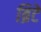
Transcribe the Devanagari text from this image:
ब्रिटे